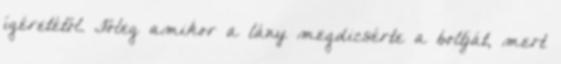
ígéretétől. Főleg amikor a lány megdicsérte a boltját, mert